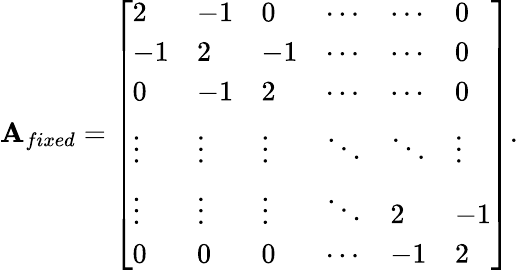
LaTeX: \mathbf{A}_{fixed}=\left[\begin{array}{llllll}{2}&{-1}&{0}&{\cdots}&{\cdots}&{0}\\ {-1}&{2}&{-1}&{\cdots}&{\cdots}&{0}\\ {0}&{-1}&{2}&{\cdots}&{\cdots}&{0}\\ {\vdots}&{\vdots}&{\vdots}&{\ddots}&{\ddots}&{\vdots}\\ {\vdots}&{\vdots}&{\vdots}&{\ddots}&{2}&{-1}\\ {0}&{0}&{0}&{\cdots}&{-1}&{2}\end{array}\right].